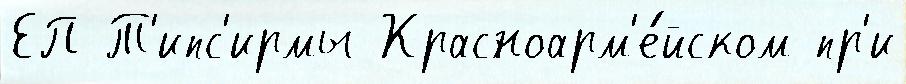
ЕП Т'ипс'ирмы Красноарм'е́йском пр'и